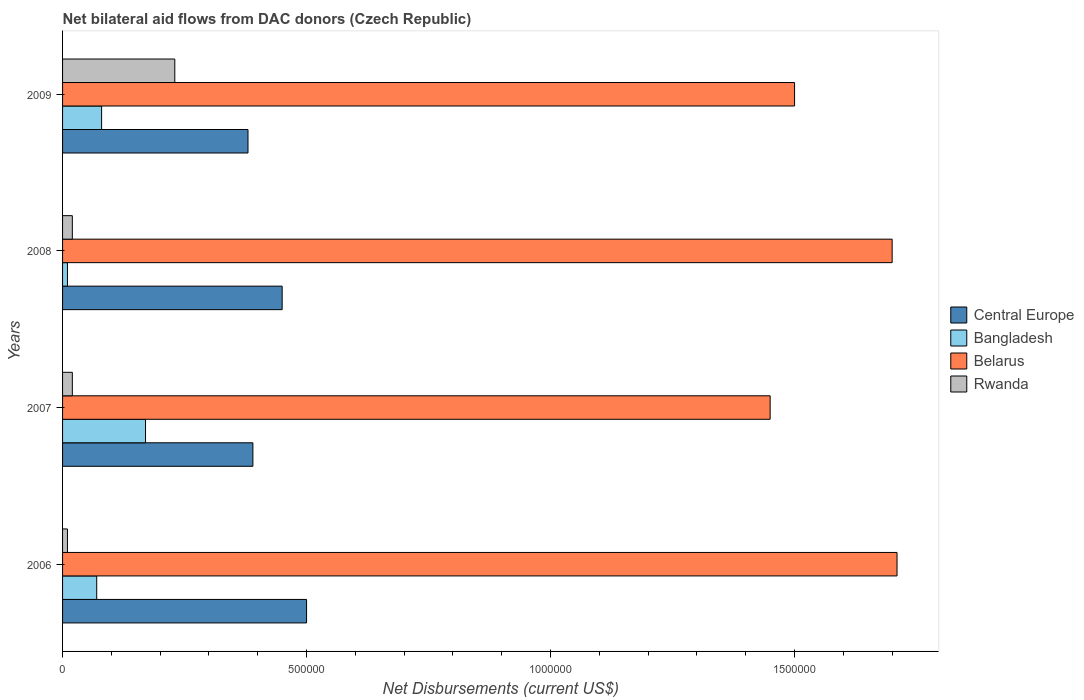
| Years | Central Europe | Bangladesh | Belarus | Rwanda |
 | --- | --- | --- | --- | --- |
 | 2006 | 5e+05 | 7e+04 | 1.71e+06 | 1e+04 |
 | 2007 | 3.9e+05 | 1.7e+05 | 1.45e+06 | 2e+04 |
 | 2008 | 4.5e+05 | 1e+04 | 1.7e+06 | 2e+04 |
 | 2009 | 3.8e+05 | 8e+04 | 1.5e+06 | 2.3e+05 |